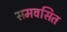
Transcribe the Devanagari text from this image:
समवसित